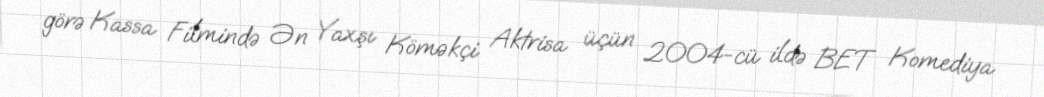
görə Kassa Filmində Ən Yaxşı Köməkçi Aktrisa üçün 2004-cü ildə BET Komediya